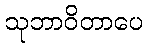
သုဘာဝိတာပေ